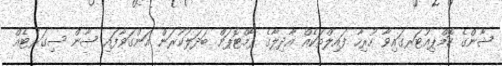
ޝާންގެ ކޮމްޕިއުޓަރގައިވާ ހުރިހާ ފައިލްތަކެއް އާދިލާގެ ޕާމްޓޮޕަށް ބަދަލުކުރަން އަންގަވާފައި ޝާން ސިގަރެޓެއް